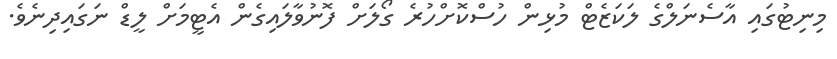
މިނިޓުގައި އާސެނަލްގެ ލަކަޒެޓް މުޅިން ހުސްކޮށްހުރެ ގޯލަށް ފޮނުވާލައިގެން އެޓީމަށް ލީޑް ނަގައިދިނެވެ.